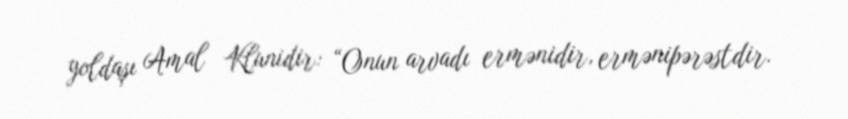
yoldaşı Amal Klunidir: “Onun arvadı ermənidir, ermənipərəstdir.